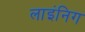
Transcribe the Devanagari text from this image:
लाइंनिग